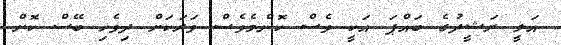
އަލީ ރަޝީދުގެ ބައްޕަ އަކީ ވެސް ކޮންމެވެސް ވަރަކަށް ދިވެހި ބޭސް ކޮށް